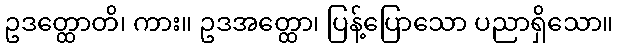
ဥဒတ္ထောတိ၊ ကား။ ဥဒအတ္ထော၊ ပြန့်ပြောသော ပညာရှိသော။